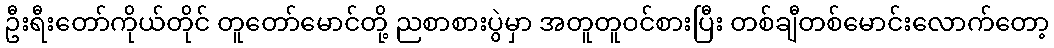
ဦးရီးတော်ကိုယ်တိုင် တူတော်မောင်တို့ ညစာစားပွဲမှာ အတူတူဝင်စားပြီး တစ်ချီတစ်မောင်းလောက်တော့